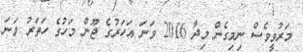
މަރުވީވެސް ނިމިގެން މިދާ 2016 ވަނަ އަހަރުގެ ޖޫން މަހުގެ ހަތަރު ވަނަ